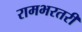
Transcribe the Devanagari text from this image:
रामभरतरी